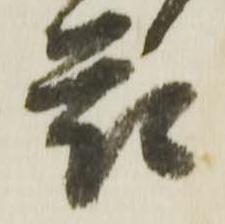
花